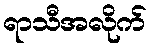
ရာသီအလိုက်